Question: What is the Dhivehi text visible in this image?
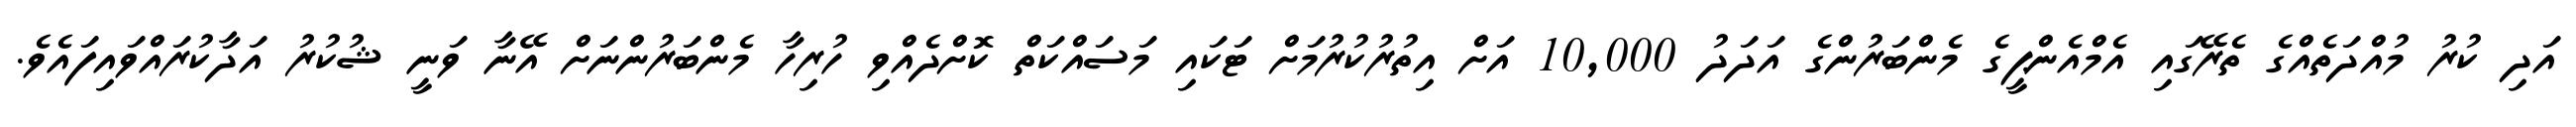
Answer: އަދި ކުރު މުއްދަތެއްގެ ތެރޭގައި އެމްއެންޕީގެ މެންބަރުންގެ އަދަދު 10,000 އަށް އިތުރުކުރުމަށް ޓަކައި މަސައްކަތް ކޮށްދެއްވި ހުރިހާ މެންބަރުންނަށް އޭނާ ވަނީ ޝުކުރު އަދާކުރައްވައިފައެވެ.